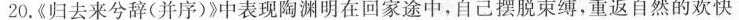
20.《归去来兮辞(并序)》中表现陶渊明在回家途中，自己摆脱束缚，重返自然的欢快